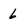
Character: 6